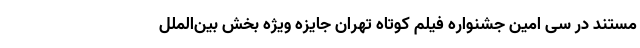
مستند در سی امین جشنواره فیلم کوتاه تهران جایزه ویژه بخش بین‌الملل